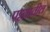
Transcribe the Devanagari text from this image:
पट्टय़ातील